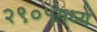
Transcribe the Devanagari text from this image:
२९०५मध्ये